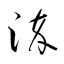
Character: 淬